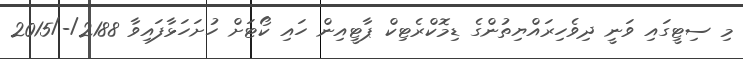
މި ސިޓީގައި ވަނީ ދިވެހިރައްޔިތުންގެ ޑިމޮކްރެޓިކް ޕާޓީއިން ހައި ކޯޓަށް ހުށަހަޅާފައިވާ 2188/-/2015